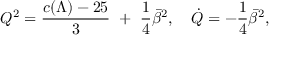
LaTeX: Q ^ { 2 } = { \frac { c ( \Lambda ) - 2 5 } { 3 } } ~ + ~ { \frac { 1 } { 4 } } \bar { \beta } ^ { 2 } , ~ ~ ~ \dot { Q } = - { \frac { 1 } { 4 } } \bar { \beta } ^ { 2 } ,